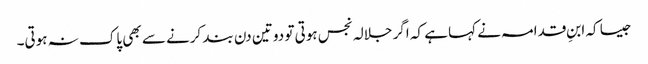
جیسا کہ ابنِ قدامہ نے کہا ہے کہ اگر جلالہ نجس ہوتی تو دو تین دن بند کرنے سے بھی پاک نہ ہوتی۔